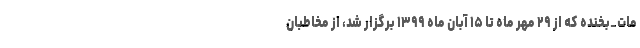
مات_بخنده که از ۲۹ مهر ماه تا ۱۵ آبان ماه ۱۳۹۹ برگزار شد، از مخاطبان